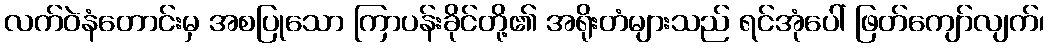
လက်ဝဲနံတောင်းမှ အစပြုသော ကြာပန်းခိုင်တို့၏ အရိုးတံများသည် ရင်အုံပေါ် ဖြတ်ကျော်လျက်၊